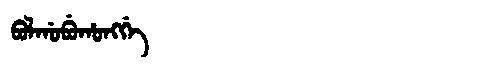
Manchu: ᠪᠣᠯᡤᠣᠪᡠᡥᠣᠩᡤᡝ
Romanization: BOLGOBUHONGGE